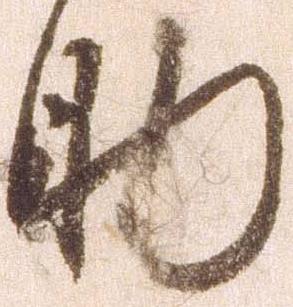
助